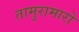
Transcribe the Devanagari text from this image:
तामुरामारो